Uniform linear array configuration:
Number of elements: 12
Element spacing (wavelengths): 0.75
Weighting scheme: exponential
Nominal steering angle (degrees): -45
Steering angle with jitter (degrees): -46.179
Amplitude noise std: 0.05
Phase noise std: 0.05

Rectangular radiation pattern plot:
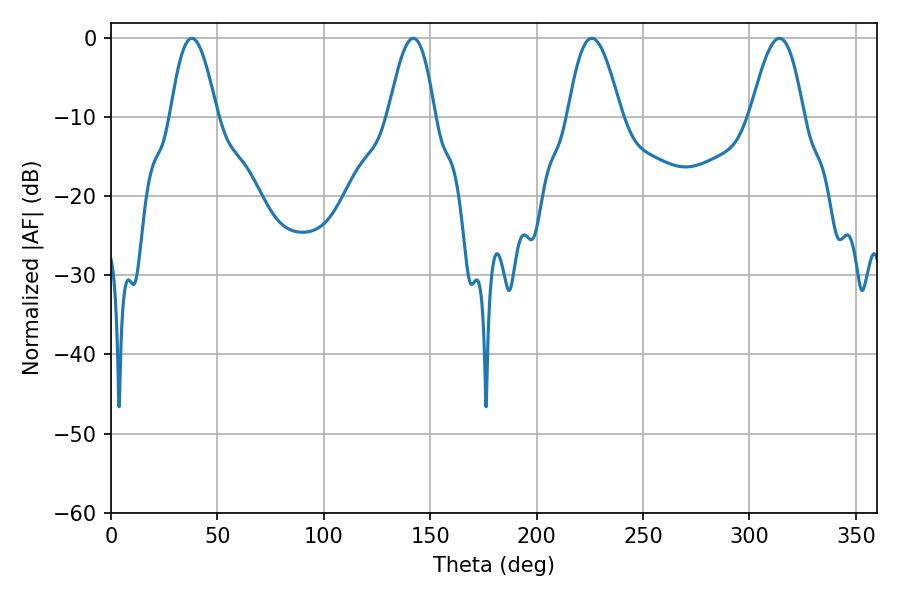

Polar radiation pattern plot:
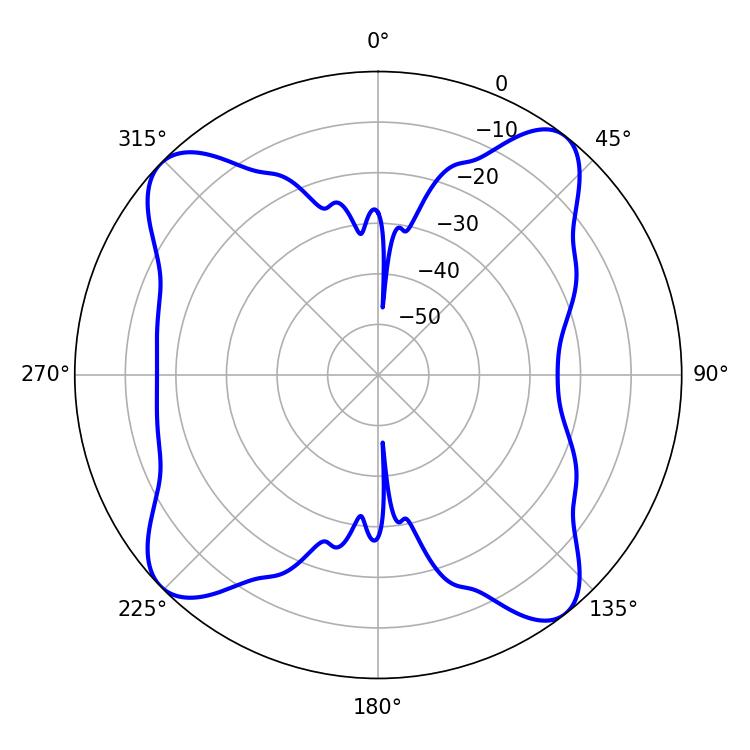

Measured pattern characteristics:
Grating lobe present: TRUE
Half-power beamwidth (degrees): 13.5
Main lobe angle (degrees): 225.9